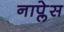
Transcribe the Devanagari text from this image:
नाप्लेस